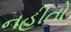
નહીતો